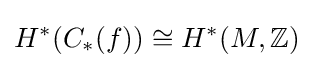
H^{*}(C_{*}(f))\cong H^{*}(M,\mathbb {Z} )